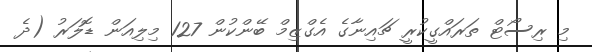
މި ރިސޯޓް ތަރައްގީކުރީ ޗައިނާގެ އެގްޒިމް ބޭންކުން 127 މިލިއަން ޑޮލަރު (ދެ